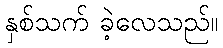
နှစ်သက် ခဲ့လေသည်။